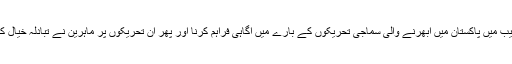
اس تقریب میں پاکستان میں ابھرنے والی سماجی تحریکوں کے بارے میں آگاہی فراہم کرنا اور پھر ان تحریکوں پر ماہرین نے تبادلہ خیال کرنا تھا۔